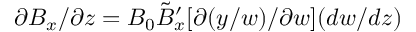
\partial B _ { x } / \partial z = B _ { 0 } \tilde { B } _ { x } ^ { \prime } [ \partial ( y / w ) / \partial w ] ( d w / d z )